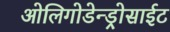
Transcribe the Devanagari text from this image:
ओलिगोडेन्ड्रोसाईट